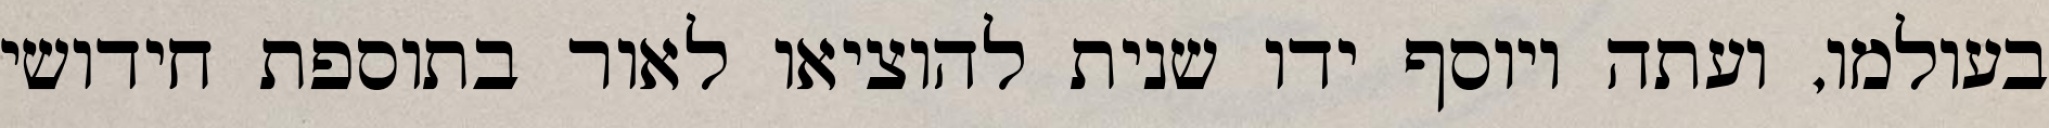
בעולמו, ועתה ויוסף ידו שנית להוציאו לאור בתוספת חידושי